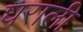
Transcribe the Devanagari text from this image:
घराली